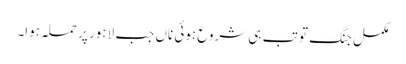
مکمل جنگ تو تب ہی شروع ہوئی ناں جب لاہور پر حملہ ہوا۔